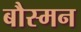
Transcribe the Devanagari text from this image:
बौस्मन